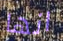
انها